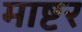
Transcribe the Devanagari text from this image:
माष्टर